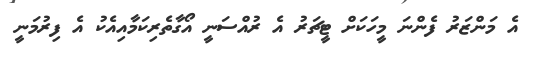
އެ މަންޒަރު ފެންނަ މީހަކަށް ޓީޗަރު އެ ރުއްސަނީ އޯގާތެރިކަމާއިއެކު އެ ފިރުމަނީ